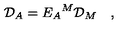
{ \cal D } _ { A } = E _ { A } { } ^ { M } { \cal D } _ { M } \quad ,